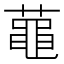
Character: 𪓔